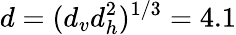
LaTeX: d=(d_{v}d_{h}^{2})^{1/3}=4.1